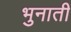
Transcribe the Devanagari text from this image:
भुनाती